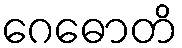
ဂေဓောတိ